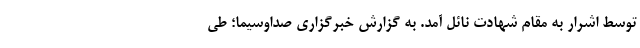
توسط اشرار به مقام شهادت نائل آمد. به گزارش خبرگزاری صداوسیما؛ طی